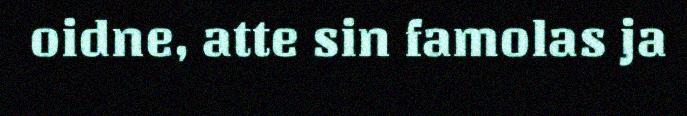
oidne, atte sin famolas ja